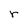
Character: r